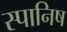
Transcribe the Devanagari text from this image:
स्पानिष